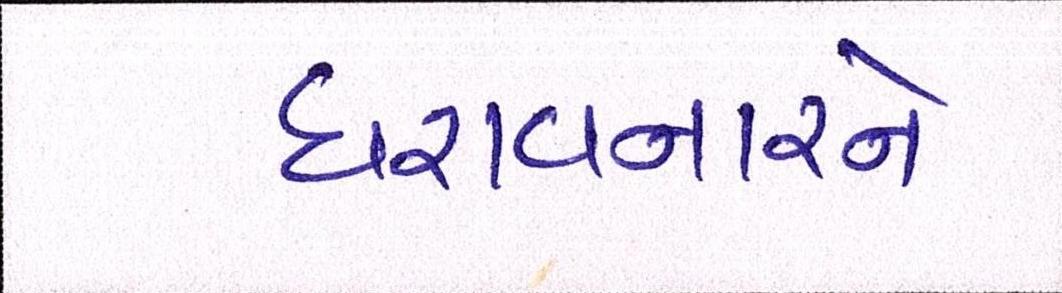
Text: ધરાવનારને